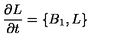
{ \frac { \partial L } { \partial t } } = \{ B _ { 1 } , L \}